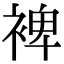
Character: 裨